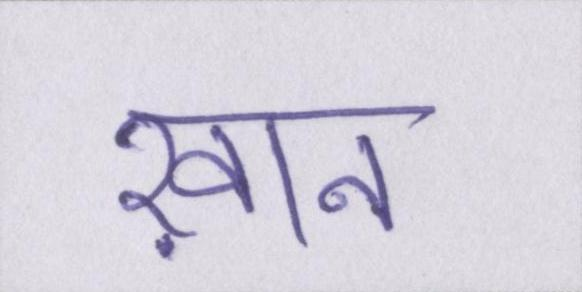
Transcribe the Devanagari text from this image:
ख़ान